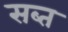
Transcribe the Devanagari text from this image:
सब्त